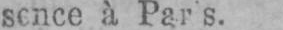
sence à Paris.